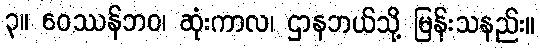
၃။ ဝေဿန်ဘဝ၊ ဆုံးကာလ၊ ဌာနဘယ်သို့ မြန်းသနည်း။